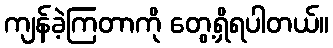
ကျန်ခဲ့ကြတာကို တွေ့ရှိရပါတယ်။